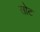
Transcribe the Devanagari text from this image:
सोट